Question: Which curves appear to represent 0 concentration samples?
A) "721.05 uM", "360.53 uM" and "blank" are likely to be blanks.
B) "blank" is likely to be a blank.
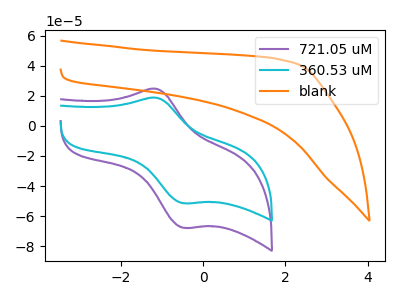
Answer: <think>The purple curve "721.05 uM" has an anodic peak at (-1.15V, 24.65uA) and a cathodic peak at (-0.45V, -67.65uA). The cyan curve "360.53 uM" has an anodic peak at (-1.15V, 18.70uA) and a cathodic peak at (-0.45V, -51.35uA). The orange curve "blank" has no peaks.</think>
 <answer>B) "blank" is likely to be a blank.</answer>
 <eval>B</eval>